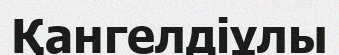
Қангелдіұлы